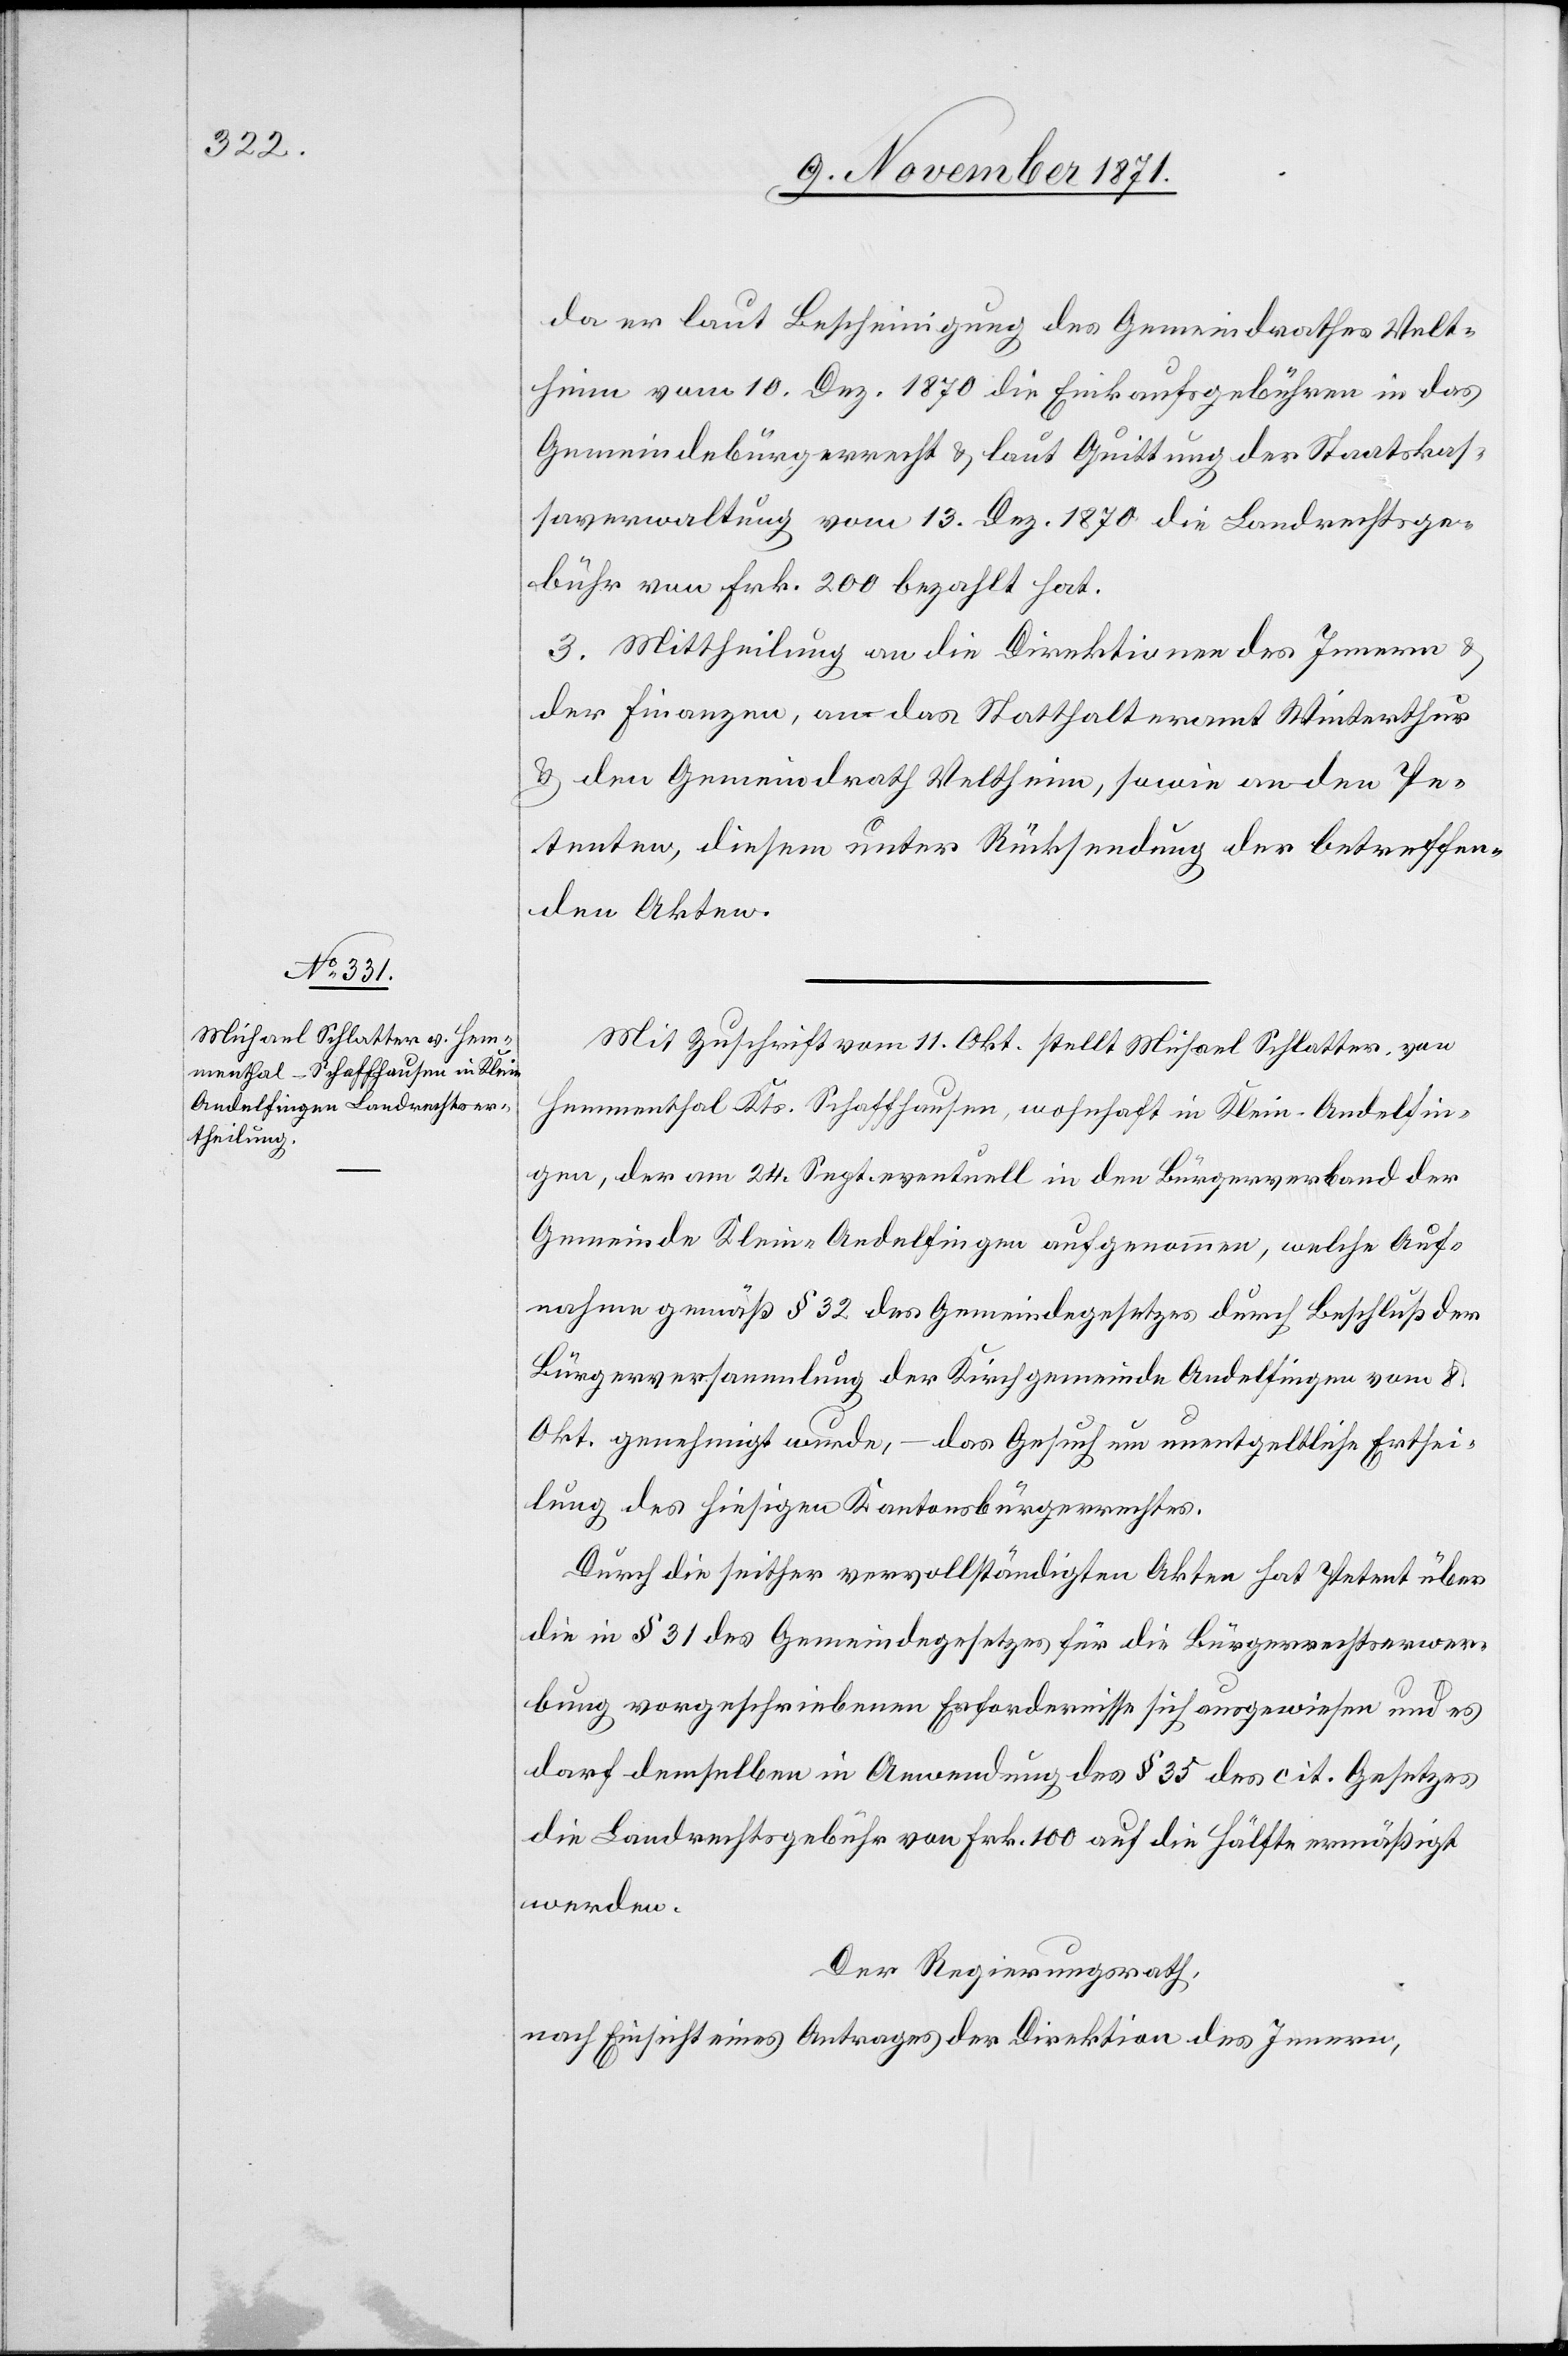
da er laut Bescheinigung des Gemeindrathes Velt¬
heim vom 10. Dez. 1870 die Einkaufsgebühren in das
Gemeindebürgerrecht & laut Quittung der Staatskas¬
saverwaltung vom 13. Dez. 1870 die Landrechtsge¬
bühr von Frk. 200 bezahlt hat.
3. Mittheilung an die Direktionen des Innern &
der Finanzen, an das Statthalteramt Winterthur
& den Gemeindrath Veltheim, sowie an den Pe¬
tenten, diesem unter Rücksendung der betreffen¬
den Akten.
Mit Zuschrift vom 11. Okt. stellt Michael Schlatter von
Hemmenthal Kts. Schaffhausen, wohnhaft in Klein-Andelfin¬
gen, der am 24. Sept. eventuell in den Bürgerverband der
Gemeinde Klein-Andelfingen aufgenommen, welche Auf¬
nahme gemäß § 32 des Gemeindegesetzeses durch Beschluß der
Bürgerversammlung der Kirchgemeinde Andelfingen vom 8.
Okt. genehmigt wurde, – das Gesuch um unentgeltliche Erthei¬
lung des hiesigen Kantonsbürgerrechtes.
Durch die seither vervollständigten Akten hat Petent über
die in § 31 des Gemeindegesetzes für die Bürgerrechtserwer¬
bung vorgeschriebenen Erfordernisse sich ausgewiesen und es
darf demselben in Anwendung des § 35 des cit. Gesetzes
die Landrechtsgebühr von Frk. 100 auf die Hälfte ermäßigt
werden.
Der Regierungsrath,
nach Einsicht eines Antrages der Direktion des Innern,